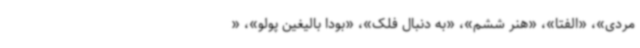
مردی»، «الفتا»، «هنر ششم»، «به دنبال فلک»، «بودا بالیغین پولو»، «